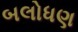
બલોધણ